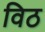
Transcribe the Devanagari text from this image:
विठ